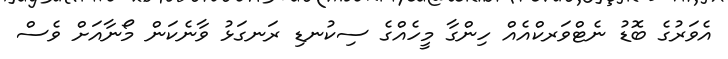
އެވަރުގެ ބޮޑު ނެޓްވަރކްއެއް ހިންގާ މީހެއްގެ ސިކުނޑި ރަނގަޅު ވާނެކަން މޯނާއަށް ވެސް